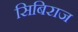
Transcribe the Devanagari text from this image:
सिबिराज